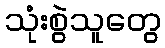
သုံးစွဲသူတွေ